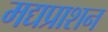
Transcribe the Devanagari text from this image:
मद्यप्राशन